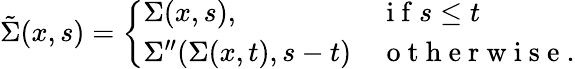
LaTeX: \tilde{\Sigma}(x,s)=\left\{ \begin{array}{ll}{\Sigma(x,s),}&{\mathrm{~i~f~}s\leq t}\\ {\Sigma^{\prime\prime}(\Sigma(x,t),s-t)}&{\mathrm{~o~t~h~e~r~w~i~s~e~}.}\end{array}\right.